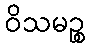
ဝိသမဉ္စ